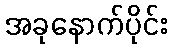
အခုနောက်ပိုင်း